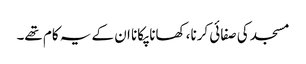
مسجد کی صفائی کرنا، کھانا پکانا ان کے یہ کام تھے۔